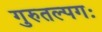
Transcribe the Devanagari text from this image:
गुरुतल्पगः